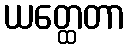
ယတ္ထေတာ